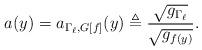
LaTeX: \begin{align*} a(y) = a_{\Gamma_\ell,G[f]}(y) \triangleq \frac{\sqrt{g_{\Gamma_\ell}}}{\sqrt{g_{f(y)}}}.\end{align*}